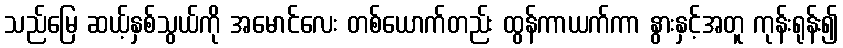
သည်မြေ ဆယ့်နှစ်သွယ်ကို အမောင်လေး တစ်ယောက်တည်း ထွန်ကာယက်ကာ နွားနှင့်အတူ ကုန်းရုန်း၍